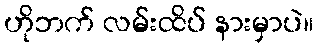
ဟိုဘက် လမ်းထိပ် နားမှာပဲ။